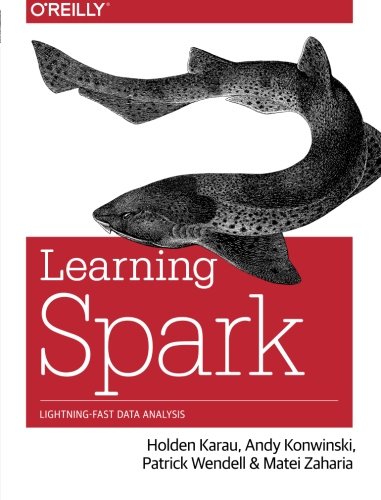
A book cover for Learning Spark: Lightning-Fast Big Data Analysis; Holden Karau; Computers & Technology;